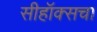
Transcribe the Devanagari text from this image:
सीहॉक्सचा